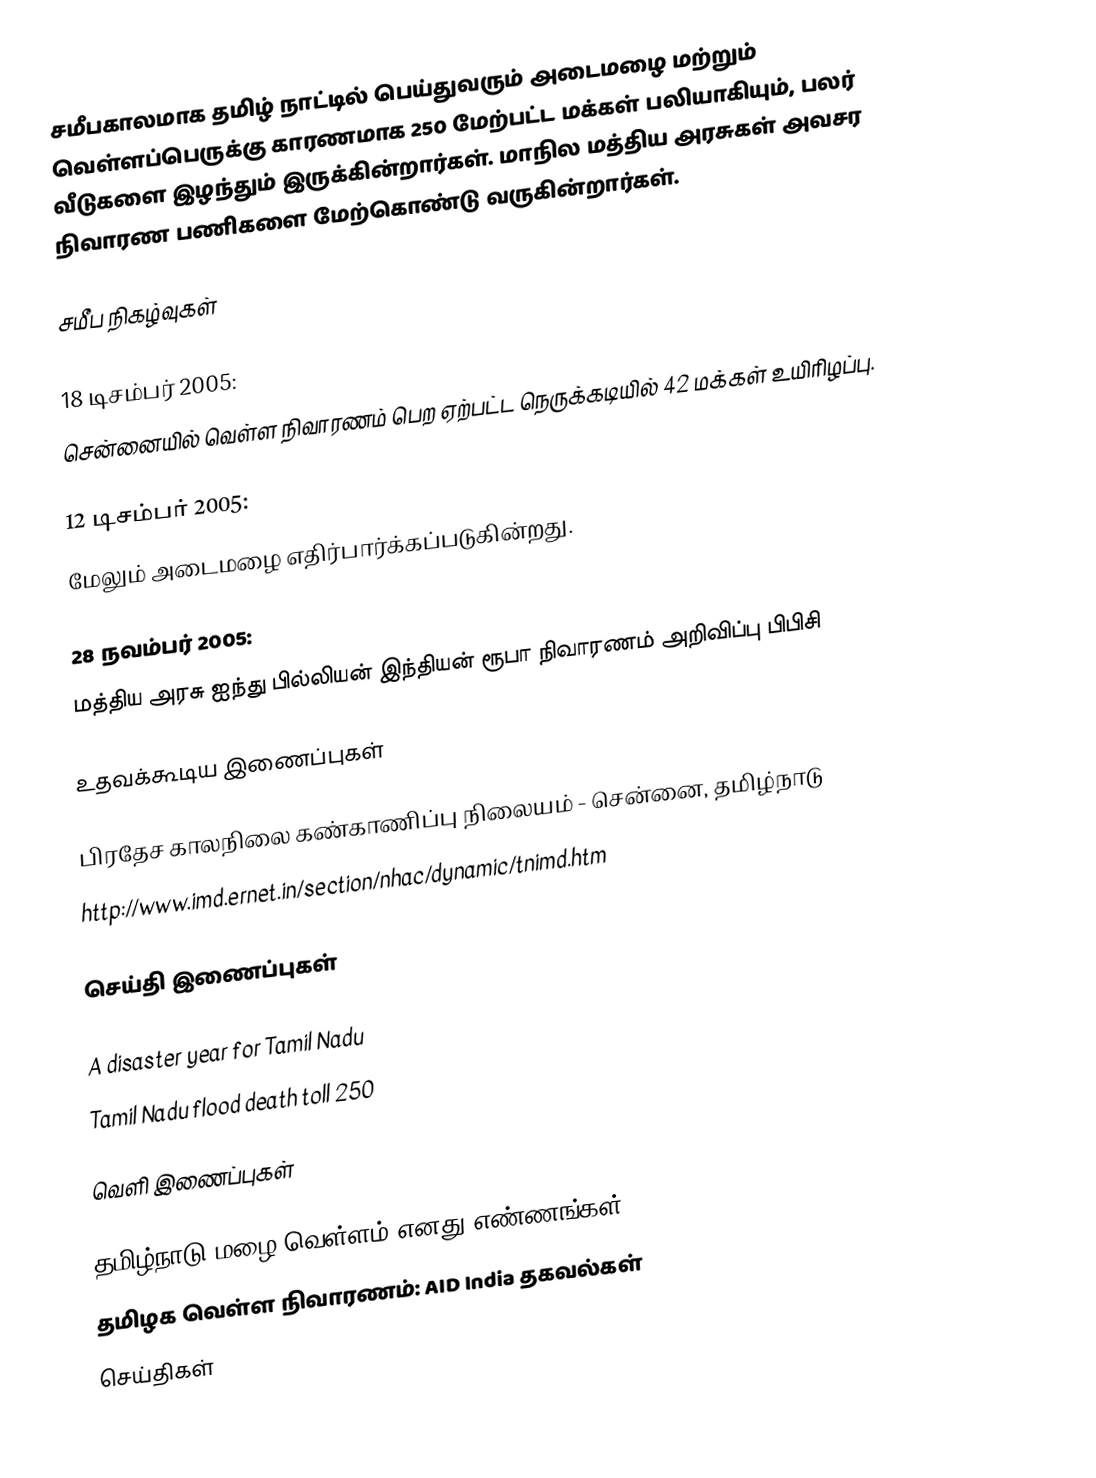
சமீபகாலமாக தமிழ் நாட்டில் பெய்துவரும் அடைமழை மற்றும் வெள்ளப்பெருக்கு காரணமாக 250 மேற்பட்ட மக்கள் பலியாகியும், பலர் வீடுகளை இழந்தும் இருக்கின்றார்கள்.  மாநில மத்திய அரசுகள் அவசர நிவாரண பணிகளை மேற்கொண்டு வருகின்றார்கள்.

சமீப நிகழ்வுகள்

18 டிசம்பர் 2005:
சென்னையில் வெள்ள நிவாரணம் பெற ஏற்பட்ட நெருக்கடியில் 42 மக்கள் உயிரிழப்பு.

12 டிசம்பர் 2005:
மேலும் அடைமழை எதிர்பார்க்கப்படுகின்றது.

28 நவம்பர் 2005:
மத்திய அரசு ஐந்து பில்லியன் இந்தியன் ரூபா நிவாரணம் அறிவிப்பு பிபிசி

உதவக்கூடிய இணைப்புகள்

  பிரதேச காலநிலை கண்காணிப்பு நிலையம் - சென்னை, தமிழ்நாடு
 http://www.imd.ernet.in/section/nhac/dynamic/tnimd.htm

செய்தி இணைப்புகள்

 A disaster year for Tamil Nadu
 Tamil Nadu flood death toll 250

வெளி இணைப்புகள்

 தமிழ்நாடு மழை,வெள்ளம் எனது எண்ணங்கள்
 தமிழக வெள்ள நிவாரணம்: AID India தகவல்கள்
செய்திகள்